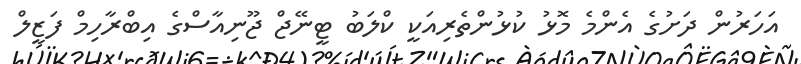
އަހަރުން ދަަށުގެ އެންމެ މޮޅު ކުޅުންތެރިއަކީ ކްލަބު ޓީނޭޖް ޖޫނިއާސްގެ އިބްރާހިމް ފަޒީލް